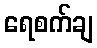
ရေစက်ချ